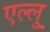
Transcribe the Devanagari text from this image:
एल्लु